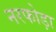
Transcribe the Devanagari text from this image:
नरफोड़ा